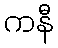
ကနီ